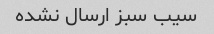
سیب سبز ارسال نشده